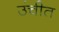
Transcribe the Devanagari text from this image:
उंचीत